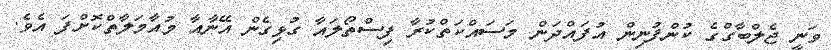
ވަނީ ޖެލްބާގްގެ ކުންފުނިން އުފައްދަން މަސައްކަތްކުރާ ފިސްތޯލައާ ގުޅިގެން އޭނާއާ މުއާމަލާތްކޮށްފަ އެވެ.